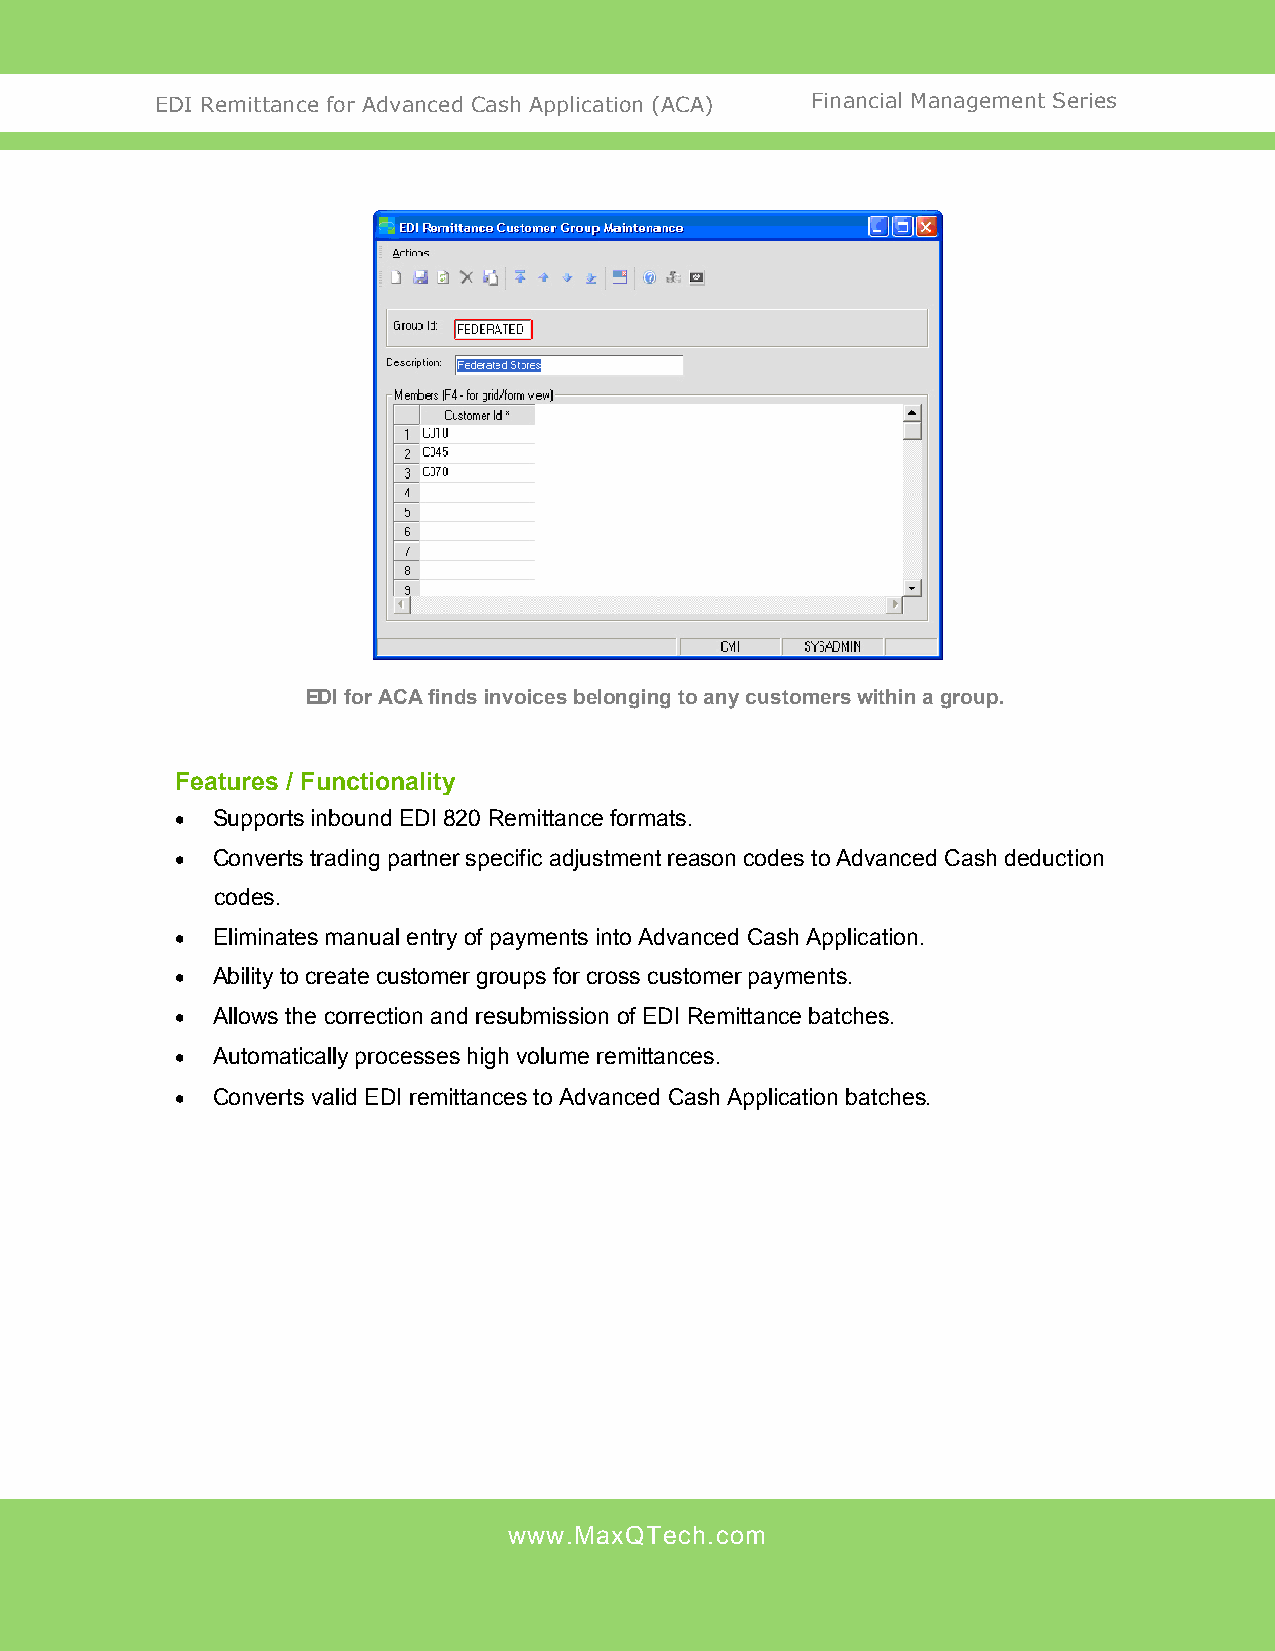
EDI Remittance for Advanced Cash Application (ACA) Financial Management Series
 EDI for ACA finds invoices belonging to any customers within a group.
 Features / Functionality
  Supports inbound EDI 820 Remittance formats.
  Converts trading partner specific adjustment reason codes to Advanced Cash deduction
 codes.
  Eliminates manual entry of payments into Advanced Cash Application.
  Ability to create customer groups for cross customer payments.
  Allows the correction and resubmission of EDI Remittance batches.
  Automatically processes high volume remittances.
  Converts valid EDI remittances to Advanced Cash Application batches.
 www.MaxQTech.com